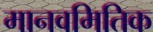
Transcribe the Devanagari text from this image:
मानवमितिक